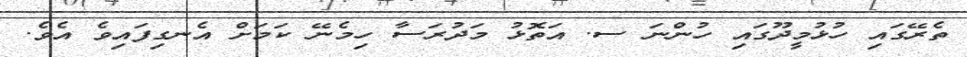
ތެރޭގައި ހުޅުމީދޫގައި ހުންނަ ސ. އަތޮޅު މަދުރަސާ ހިމެނޭ ކަމަށް އެނގިފައިވެ އެވެ.